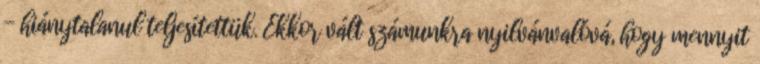
- hiánytalanul teljesítettük. Ekkor vált számunkra nyilvánvalóvá, hogy mennyit